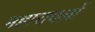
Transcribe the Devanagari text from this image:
महारावलों